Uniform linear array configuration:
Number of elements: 8
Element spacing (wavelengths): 1
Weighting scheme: blackman
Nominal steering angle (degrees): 0
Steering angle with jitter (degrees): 0.08838
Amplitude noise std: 0.05
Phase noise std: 0.05

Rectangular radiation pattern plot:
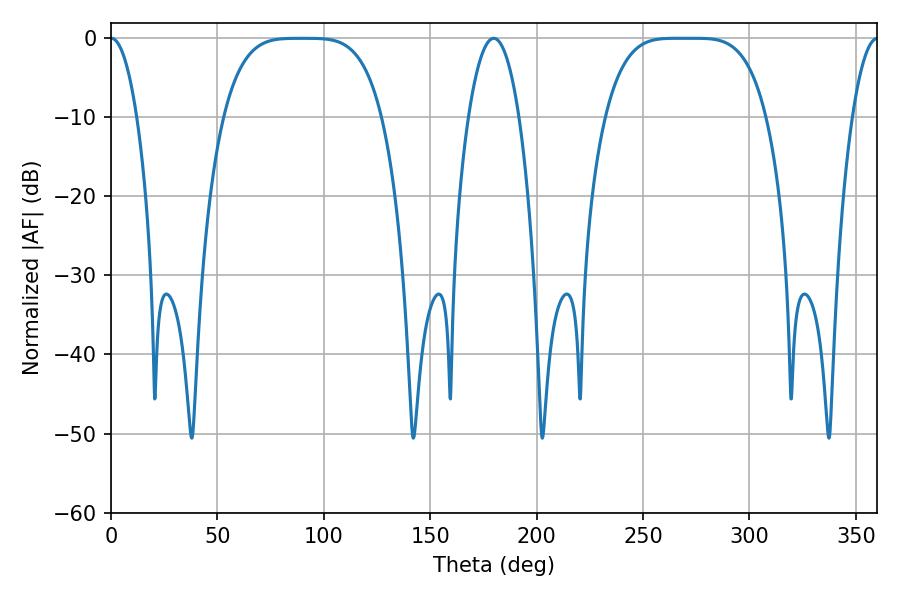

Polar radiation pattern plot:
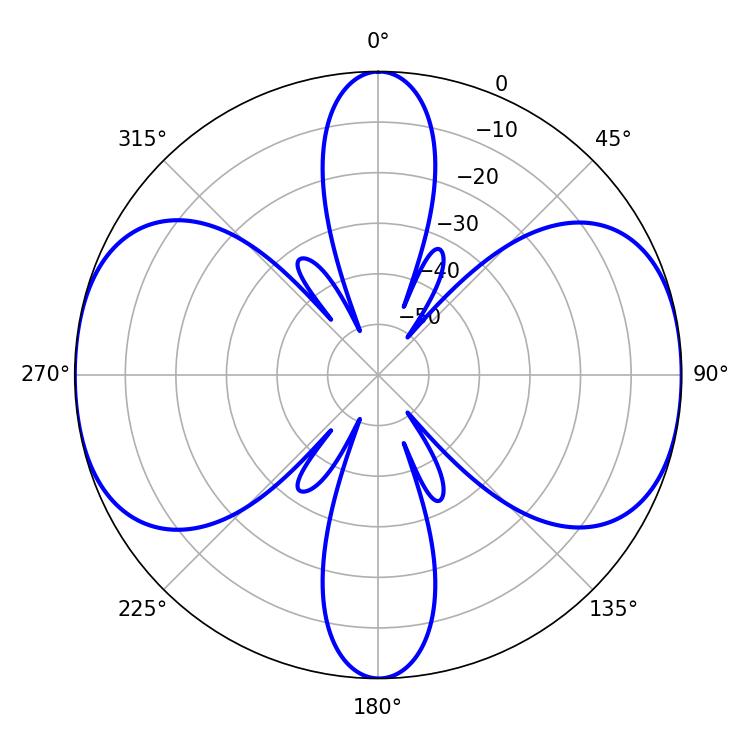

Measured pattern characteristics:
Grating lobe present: TRUE
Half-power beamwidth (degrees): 56.52
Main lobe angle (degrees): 265.68